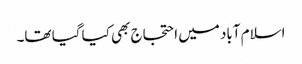
اسلام آباد میں احتجاج بھی کیا گیا تھا۔